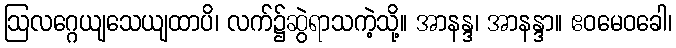
ဩလဂ္ဂေယျသေယျထာပိ၊ လက်၌ဆွဲရာသကဲ့သို့။ အာနန္ဒ၊ အာနန္ဒာ။ ဧဝမေဝခေါ၊